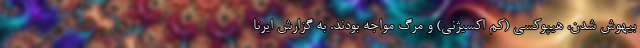
بیهوش شدن، هیپوکسی (کم اکسیژنی) و مرگ مواجه بودند. به گزارش ایرنا